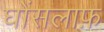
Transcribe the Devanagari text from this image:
घोंसलाफ़